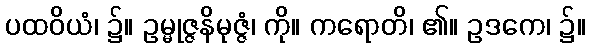
ပထဝိယံ၊ ၌။ ဥမ္မုဇ္ဇနိမုဇ္ဇံ၊ ကို။ ကရောတိ၊ ၏။ ဥဒကေ၊ ၌။